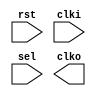
module lp805x_clk(rst,clki,sel,clko);

parameter CHOICES=4;

input 					rst;
input 					clki;
input [CHOICES-1:0] 	sel;

output					clko;





endmodule